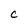
Character: c